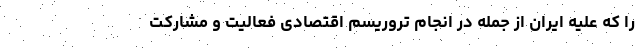
را که علیه ایران از جمله در انجام تروریسم اقتصادی فعالیت و مشارکت